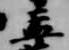
孟